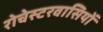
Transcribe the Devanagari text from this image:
रोचेस्टरवासियों